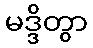
မဒ္ဒိတွာ